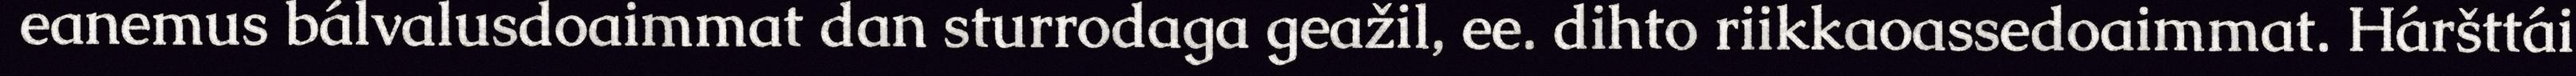
eanemus bálvalusdoaimmat dan sturrodaga geažil, ee. dihto riikkaoassedoaimmat. Háršttái